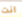
انت